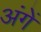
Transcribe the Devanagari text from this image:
अंगें